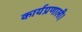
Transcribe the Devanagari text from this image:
कार्यप्रणाली।